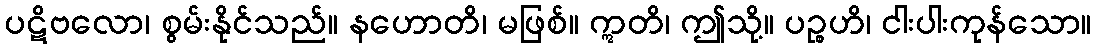
ပဋိဗလော၊ စွမ်းနိုင်သည်။ နဟောတိ၊ မဖြစ်။ ဣတိ၊ ဤသို့။ ပဉ္စဟိ၊ ငါးပါးကုန်သော။